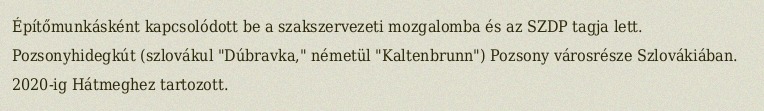
Építőmunkásként kapcsolódott be a szakszervezeti mozgalomba és az SZDP tagja lett. Pozsonyhidegkút (szlovákul "Dúbravka," németül "Kaltenbrunn") Pozsony városrésze Szlovákiában. 2020-ig Hátmeghez tartozott.